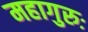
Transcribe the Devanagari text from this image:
महागुरुः